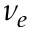
\nu _ { e }